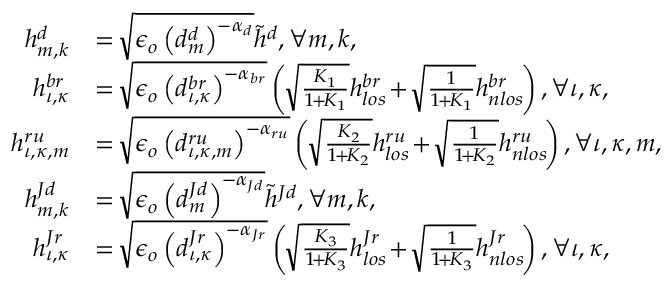
\begin{array} { r l r } { \! h _ { m , k } ^ { d } } & { = \! \sqrt { \epsilon _ { o } \left( d _ { m } ^ { d } \right) ^ { - \alpha _ { d } } } \tilde { h } ^ { d } , \forall m , k , } & \\ { \! h _ { \iota , \kappa } ^ { b r } } & { = \! \sqrt { \epsilon _ { o } \left( d _ { \iota , \kappa } ^ { b r } \right) ^ { - \alpha _ { b r } } } \left( \! \sqrt { \frac { K _ { 1 } } { 1 \! + \! K _ { 1 } } } h _ { l o s } ^ { b r } \! + \! \sqrt { \frac { 1 } { 1 \! + \! K _ { 1 } } } h _ { n l o s } ^ { b r } \! \right) , \forall \iota , \kappa , } & \\ { \! h _ { \iota , \kappa , m } ^ { r u } } & { = \! \sqrt { \epsilon _ { o } \left( d _ { \iota , \kappa , m } ^ { r u } \right) ^ { - \alpha _ { r u } } } \left( \! \sqrt { \frac { K _ { 2 } } { 1 \! + \! K _ { 2 } } } h _ { l o s } ^ { r u } \! + \! \sqrt { \frac { 1 } { 1 \! + \! K _ { 2 } } } { h } _ { n l o s } ^ { r u } \! \right) , \forall \iota , \kappa , m , } & \\ { \! h _ { m , k } ^ { J d } } & { = \! \sqrt { \epsilon _ { o } \left( d _ { m } ^ { J d } \right) ^ { - \alpha _ { J d } } } \tilde { h } ^ { J d } , \forall m , k , } & \\ { \! h _ { \iota , \kappa } ^ { J r } } & { = \! \sqrt { \epsilon _ { o } \left( d _ { \iota , \kappa } ^ { J r } \right) ^ { - \alpha _ { J r } } } \left( \! \sqrt { \frac { K _ { 3 } } { 1 \! + \! K _ { 3 } } } h _ { l o s } ^ { J r } \! + \! \sqrt { \frac { 1 } { 1 \! + \! K _ { 3 } } } h _ { n l o s } ^ { J r } \! \right) , \forall \iota , \kappa , } & \end{array}